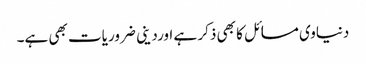
دنیاوی مسائل کا بھی ذکر ہے اورد ینی ضروریات بھی ہے۔